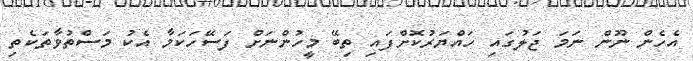
އެހެން ނޫން ނަމަ ޖަލުގައި ހައްޔަރުކޮށްފައި ތިބޭ މީހުންނަށް ފަސޭހަކަމާ އެކު މަސްތުވާތަކެތި